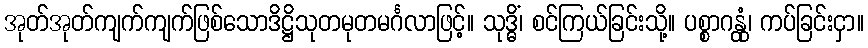
အုတ်အုတ်ကျက်ကျက်ဖြစ်သောဒိဋ္ဌိသုတမုတမင်္ဂလာဖြင့်။ သုဒ္ဓိံ၊ စင်ကြယ်ခြင်းသို့။ ပစ္စာဂန္တုံ၊ ကပ်ခြင်းငှာ။